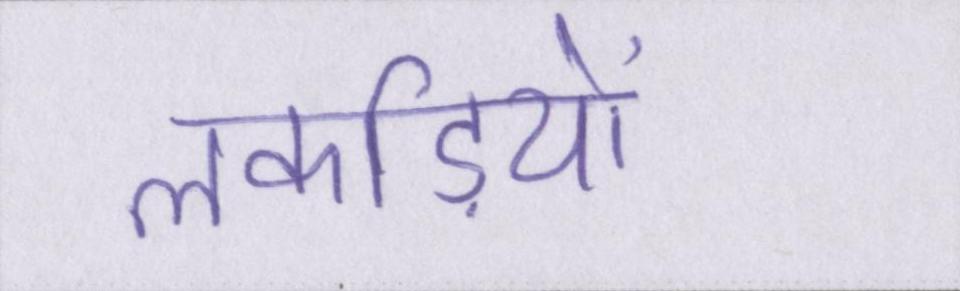
लकड़ियों